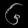
Digit: ၆